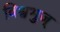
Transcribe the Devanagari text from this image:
विश्वभुज्‌